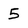
Character: 5